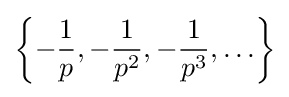
\left\{-{\frac {1}{p}},-{\frac {1}{p^{2}}},-{\frac {1}{p^{3}}},\ldots \right\}